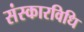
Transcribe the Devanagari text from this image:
संस्कारविधि